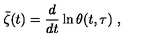
\bar { \zeta } ( t ) = \frac { d } { d t } \ln \theta ( t , \tau ) \ ,